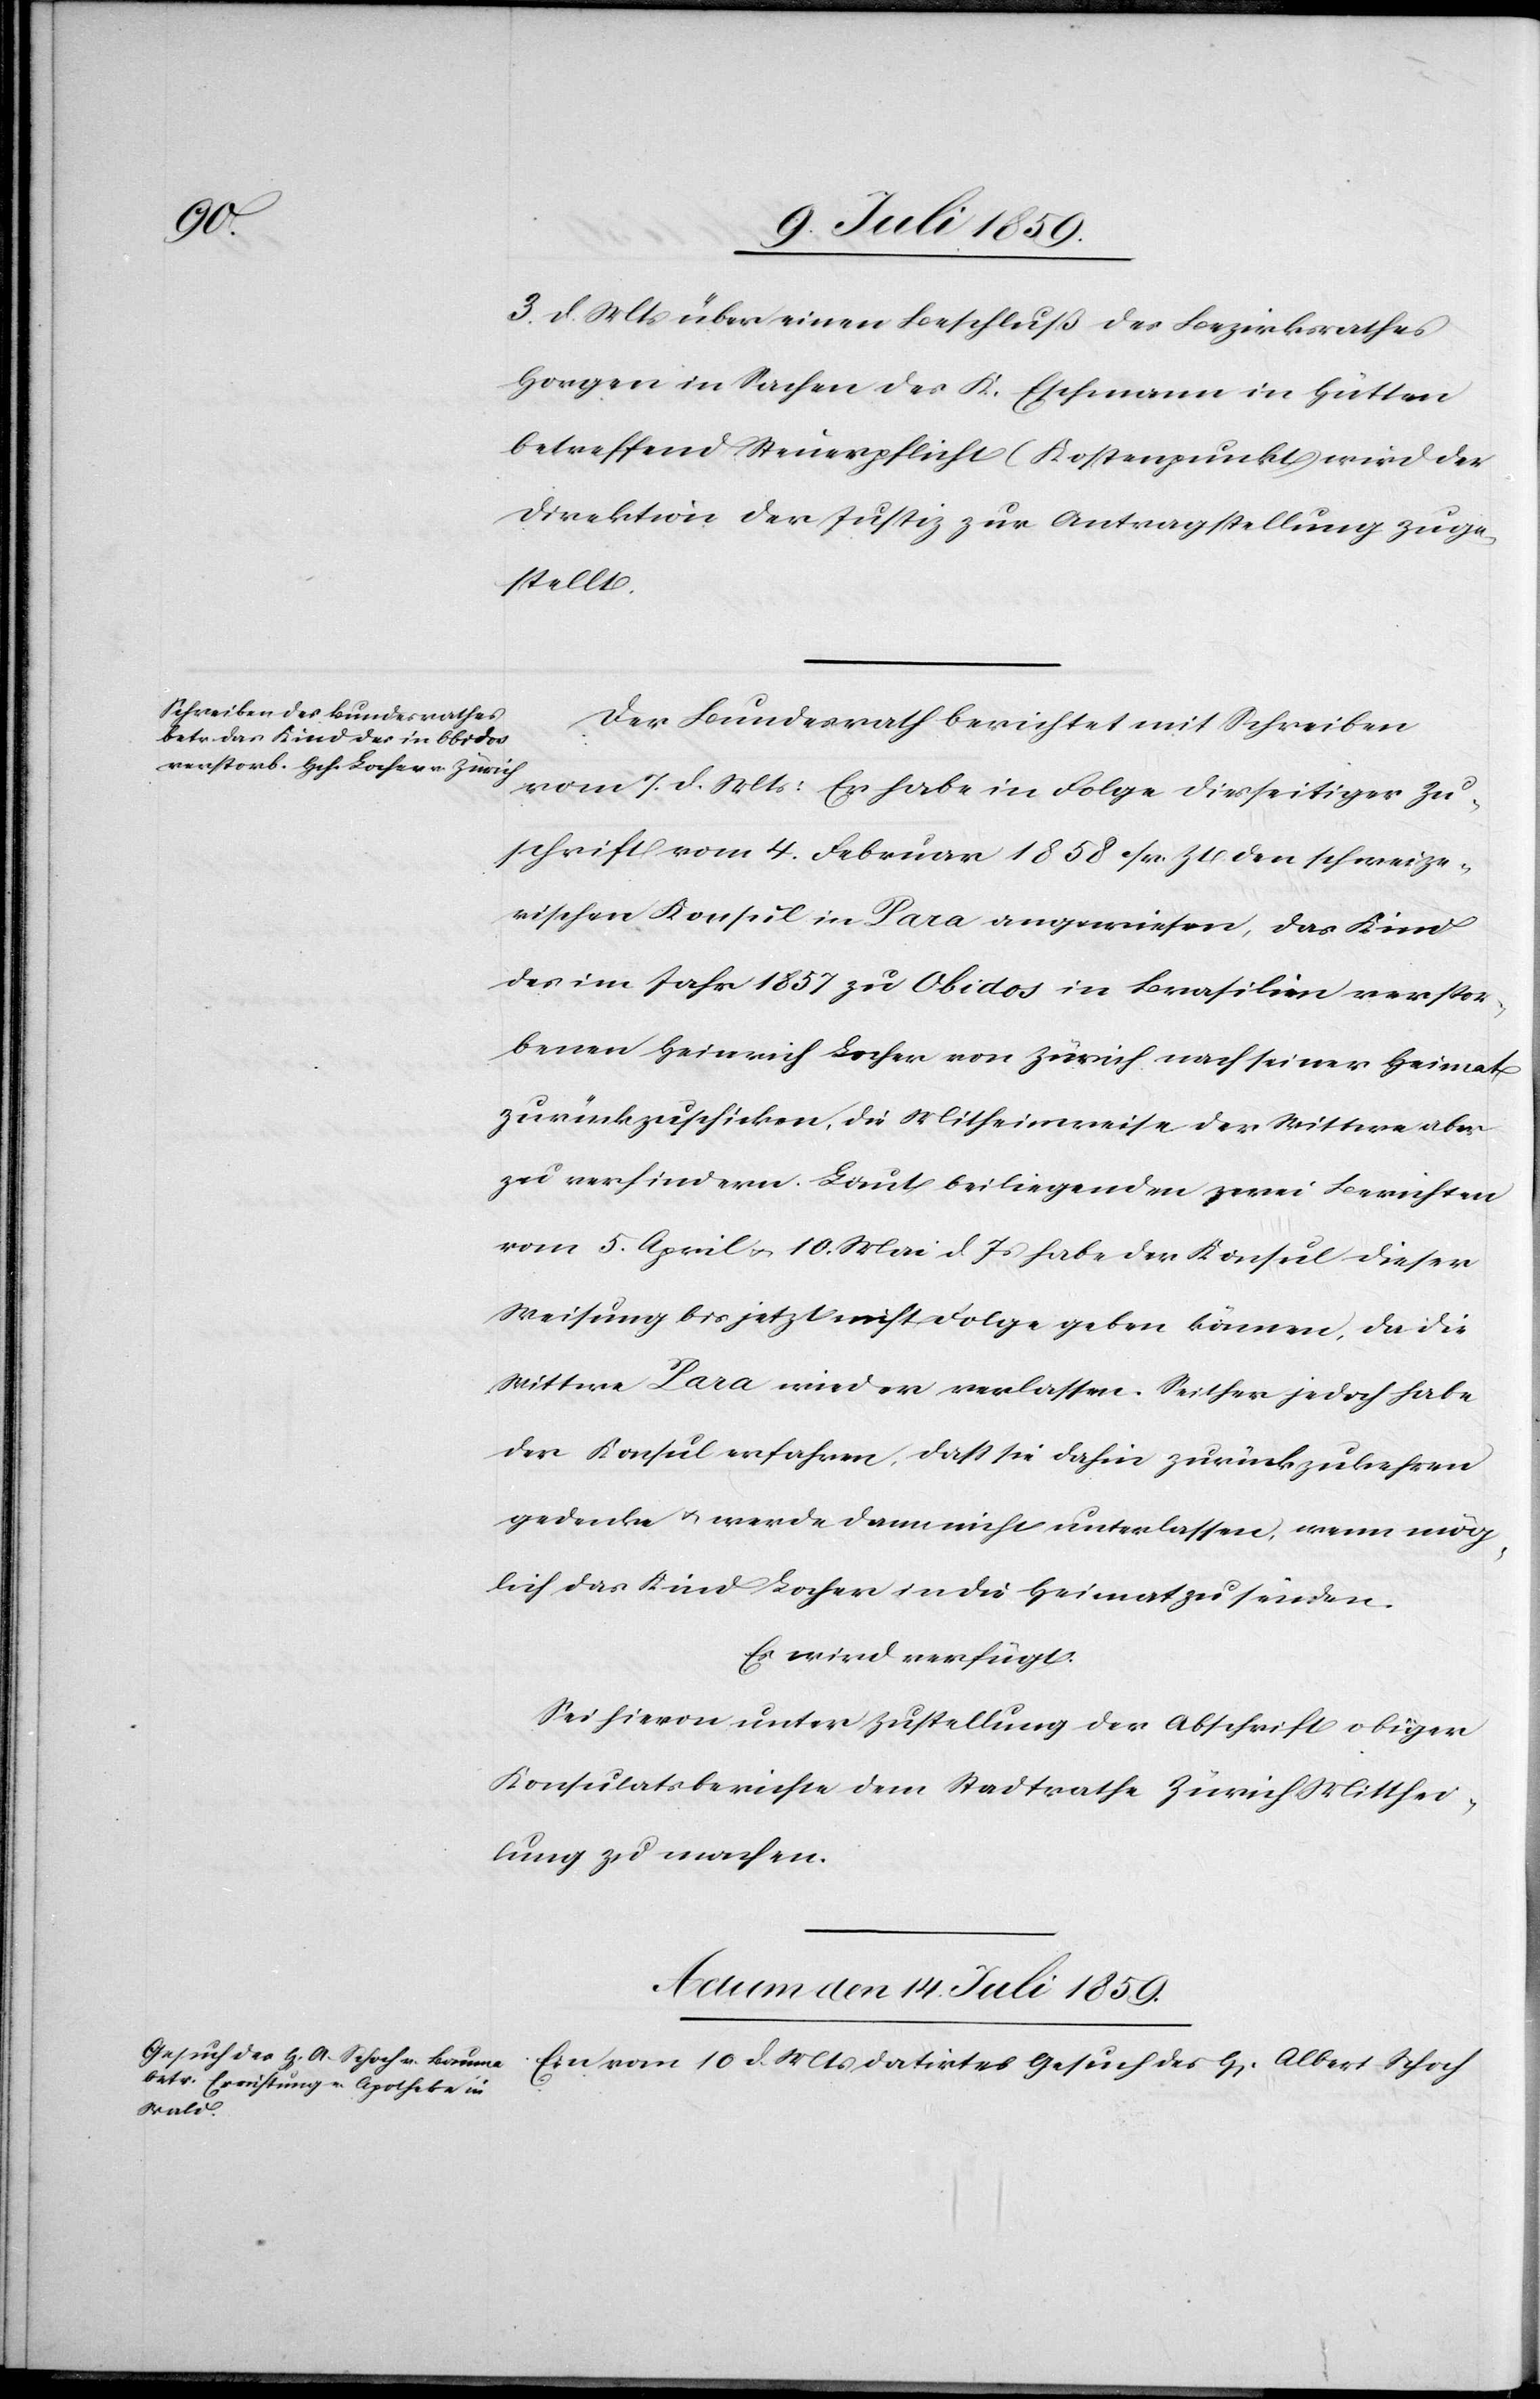
Mts.
3. d. Mts. über einen Beschluß des Bezirksrathes
Horgen in Sachen des K. Eschmann in Hütten
betreffend Steuerpflicht (Kostenpunkt) wird der
Direktion der Justiz zur Antragstellung zuge¬
stellt.
Der Bundesrath berichtet mit Schreiben
vom 7. d. Mts.: Er habe in Folge diesseitiger Zu¬
schrift vom 4. Februar 1858 sr. Zt. den schweize¬
rischen Konsul in Para angewiesen, das Kind
des im Jahr 1857 zu Obidos in Brasilien verstor¬
benen Heinrich Locher von Zürich nach seiner Heimat
zurückzuschicken, die Mitheimreise der Wittwe aber
zu verhindern. Laut beiliegenden zwei Berichten
vom 5. April u. 10. Mai d. Js. habe der Konsul dieser
Weisung bis jetzt nicht Folge geben können, da die
Wittwe Para wieder verlassen. Seither jedoch habe
der Konsul erfahren, daß sie dahin zurückzukehren
gedenke u. werde dann nicht unterlassen, wenn mög¬
lich das Kind Locher in die Heimat zu senden.
Es wird verfügt.
Sei hievon unter Zustellung der Abschrift obiger
Konsulatsberichte dem Stadtrathe Zürich Mitthei¬
lung zu machen.
Actum den 14. Juli 1859.
datirtes